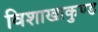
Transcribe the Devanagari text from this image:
विशाखाकुण्ड